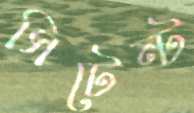
সিটেন্ট